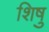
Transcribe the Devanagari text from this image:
शिषु